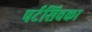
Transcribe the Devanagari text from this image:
पर्टसिवका